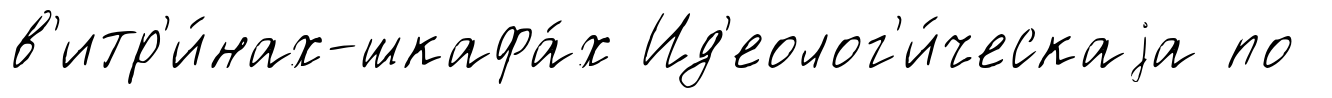
в'итр'и́нах-шкафа́х Ид'еолог'и́ческаjа по